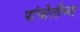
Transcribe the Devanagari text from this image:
पांचोलीच्या